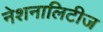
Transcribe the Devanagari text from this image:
नेशनालिटीज